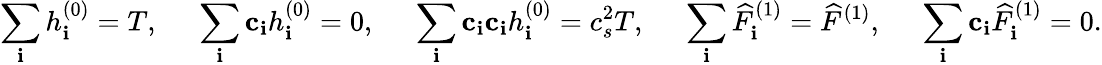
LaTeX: \sum_{\mathbf{i}}{h_{\mathbf{i}}^{\left(0\right)}}=T,\; \; \; \; \; \sum_{\mathbf{i}}{{{\mathbf{{c}}}_{\mathbf{i}}}h_{\mathbf{i}}^{\left(0\right)}}=0,\; \; \; \; \; \sum_{\mathbf{i}}{{{\mathbf{{c}}}_{\mathbf{i}}}{{\mathbf{{c}}}_{\mathbf{i}}}h_{\mathbf{i}}^{\left(0\right)}}=c_{s}^{2}T,\; \; \; \; \; \sum_{\mathbf{i}}{\widehat{F}_{\mathbf{i}}^{\left(1\right)}}={\widehat{F}^{\left(1\right)}},\; \; \; \; \; \sum_{\mathbf{i}}{{{\mathbf{{c}}}_{\mathbf{i}}}\widehat{F}_{\mathbf{i}}^{\left(1\right)}}=0.